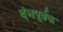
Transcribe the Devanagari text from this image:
दंभपूर्वक